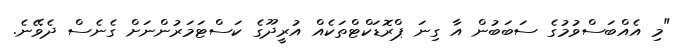
"މި އެއްބަސްވުމުގެ ސަބަބުން އާ ގިނަ ޕްރޮޑަކްޓްތަކެއް އުރީދޫގެ ކަސްޓަމަރުންނަށް ގެނެސް ދެވޭނެ.